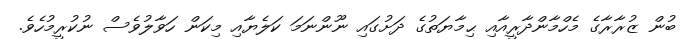
ބުން ޒުރާރާގެ މެހްމާންދާރީއާއި ޙިމާޔަތުގެ ދަށުގައި ނޫންނަމަ ކަލެޔާއި މިކަން ހަވާލުވެސް ނުކުރީމުހެވެ.